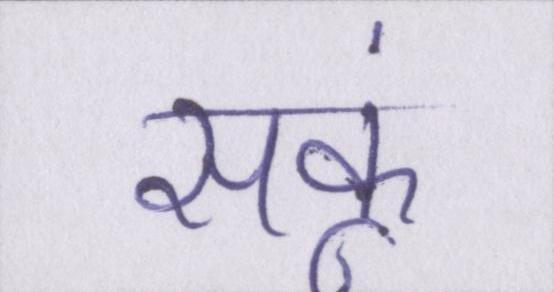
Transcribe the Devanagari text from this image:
सकूं